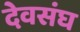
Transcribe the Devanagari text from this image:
देवसंघ